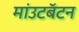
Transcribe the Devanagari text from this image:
मांउटबॅटन